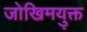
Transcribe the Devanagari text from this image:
जोखिमयु्क्त